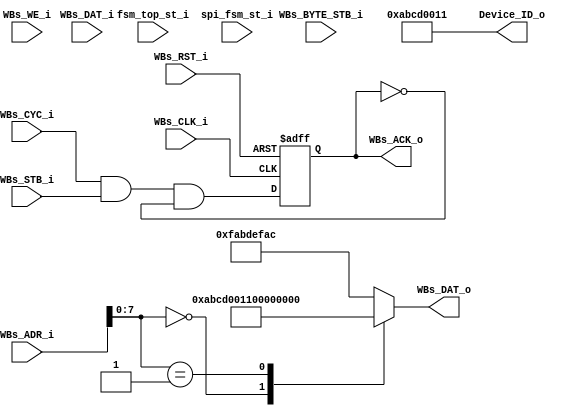
`timescale 1ns / 10ps
module AL4S3B_FPGA_Registers ( 

                        // AHB-To_FPGA Bridge I/F
                        //
                        WBs_ADR_i,
                        WBs_CYC_i,
                        WBs_BYTE_STB_i,
                        WBs_WE_i,
                        WBs_STB_i,
                        WBs_DAT_i,
                        WBs_CLK_i,
                        WBs_RST_i,
                        WBs_DAT_o,
                        WBs_ACK_o,

                        fsm_top_st_i, 
                        spi_fsm_st_i,

                        Device_ID_o
                         );


//------Port Parameters----------------
//
parameter       ADDRWIDTH                   =  10;   // Allow for up to 128 registers in the FPGA
parameter       DATAWIDTH                   =  32;   // Allow for up to 128 registers in the FPGA

                                                                // these are byte offsets
                                                                //  the 2 LSB's (on the right) should be 0's.
parameter       FPGA_REG_ID_VALUE_ADR       = 10'h000       ; 
parameter       FPGA_REV_NUM_ADR            = 10'h004       ; 

parameter       AL4S3B_DEVICE_ID            = 16'h0         ;
parameter       AL4S3B_REV_LEVEL            = 32'h0         ;
parameter       AL4S3B_SCRATCH_REG          = 32'h12345678  ;

parameter       AL4S3B_DEF_REG_VALUE        = 32'hFAB_DEF_AC;

//------Port Signals-------------------
//

// AHB-To_FPGA Bridge I/F
//
input   [ADDRWIDTH-1:0]  WBs_ADR_i     ;  // Address Bus                to   FPGA
input                    WBs_CYC_i     ;  // Cycle Chip Select          to   FPGA 
input             [3:0]  WBs_BYTE_STB_i;  // Byte Select                to   FPGA
input                    WBs_WE_i      ;  // Write Enable               to   FPGA
input                    WBs_STB_i     ;  // Strobe Signal              to   FPGA
input   [DATAWIDTH-1:0]  WBs_DAT_i     ;  // Write Data Bus             to   FPGA
input                    WBs_CLK_i     ;  // FPGA Clock               from FPGA
input                    WBs_RST_i     ;  // FPGA Reset               to   FPGA
output  [DATAWIDTH-1:0]  WBs_DAT_o     ;  // Read Data Bus              from FPGA
output                   WBs_ACK_o     ;  // Transfer Cycle Acknowledge from FPGA

//
// Misc
//
output  [31:0]  Device_ID_o   ;
     


input   [1:0]   fsm_top_st_i; 
input   [1:0]   spi_fsm_st_i;   


// FPGA Global Signals
//
wire                     WBs_CLK_i     ;  // Wishbone FPGA Clock
wire                     WBs_RST_i     ;  // Wishbone FPGA Reset

// Wishbone Bus Signals
//
wire    [ADDRWIDTH-1:0]  WBs_ADR_i     ;  // Wishbone Address Bus
wire                     WBs_CYC_i     ;  // Wishbone Client Cycle  Strobe (i.e. Chip Select) 
wire              [3:0]  WBs_BYTE_STB_i;  // Wishbone Byte   Enables
wire                     WBs_WE_i      ;  // Wishbone Write  Enable Strobe
wire                     WBs_STB_i     ;  // Wishbone Transfer      Strobe
wire    [DATAWIDTH-1:0]  WBs_DAT_i     ;  // Wishbone Write  Data Bus
 
reg     [DATAWIDTH-1:0]  WBs_DAT_o     ;  // Wishbone Read   Data Bus


reg                      WBs_ACK_o     ;  // Wishbone Client Acknowledge


// Misc
//
wire    [31:0]  Device_ID_o;
wire    [31:0]  Rev_Num;


    



wire            Pop_Sig_int;
wire            Pop_Sig;
wire    [3:0]   pop_flag; 

reg     [9:0]   rx_fifo_cnt;  

wire    [1:0]   fsm_top_st_i;
wire    [1:0]   spi_fsm_st_i;

//------Define Parameters--------------
//
// None at this time
//
//------Internal Signals---------------
//


wire            fifo_ovrrun;

//------Logic Operations---------------
//



// Define the Acknowledge back to the host for registers
//
assign WBs_ACK_o_nxt  =   (WBs_CYC_i) & WBs_STB_i & (~WBs_ACK_o);


// Define the FPGA's Local Registers
//
always @( posedge WBs_CLK_i or posedge WBs_RST_i)
begin
    if (WBs_RST_i)
    begin
        WBs_ACK_o <= 1'b0;
    end  
    else
    begin
        WBs_ACK_o <=  WBs_ACK_o_nxt;
    end  
end

assign Device_ID_o = 32'hABCD0011;
assign Rev_Num     = 32'h00000100; 

// Define the how to read the local registers and memory
//
always @(*)
 begin
    case(WBs_ADR_i[ADDRWIDTH-3:0])
    FPGA_REG_ID_VALUE_ADR  [ADDRWIDTH-1:2]  : WBs_DAT_o <= Device_ID_o          ;     
    FPGA_REV_NUM_ADR       [ADDRWIDTH-1:2]  : WBs_DAT_o <= Rev_Num              ;
    default                                 : WBs_DAT_o <= AL4S3B_DEF_REG_VALUE ;
    endcase
end



endmodule